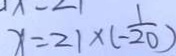
x = 2 1 \times ( - \frac { 1 } { 2 0 } )